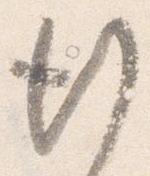
行